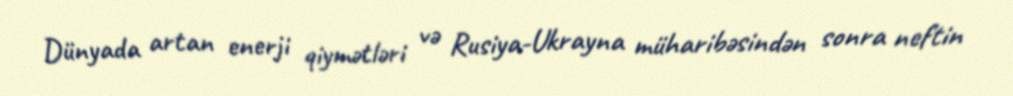
Dünyada artan enerji qiymətləri və Rusiya-Ukrayna müharibəsindən sonra neftin